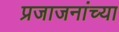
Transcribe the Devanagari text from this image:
प्रजाजनांच्या